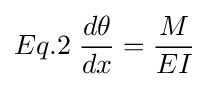
Eq.2\;{\frac {d\theta }{dx}}={\frac {M}{EI}}